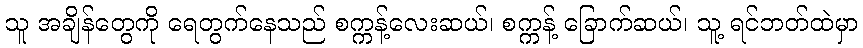
သူ အချိန်တွေကို ရေတွက်နေသည် စက္ကန့်လေးဆယ်၊ စက္ကန့် ခြောက်ဆယ်၊ သူ့ ရင်ဘတ်ထဲမှာ